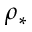
\rho _ { * }